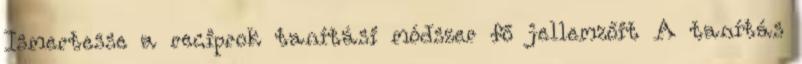
Ismertesse a reciprok tanítási módszer fő jellemzőit A tanítás